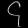
Digit: ၄